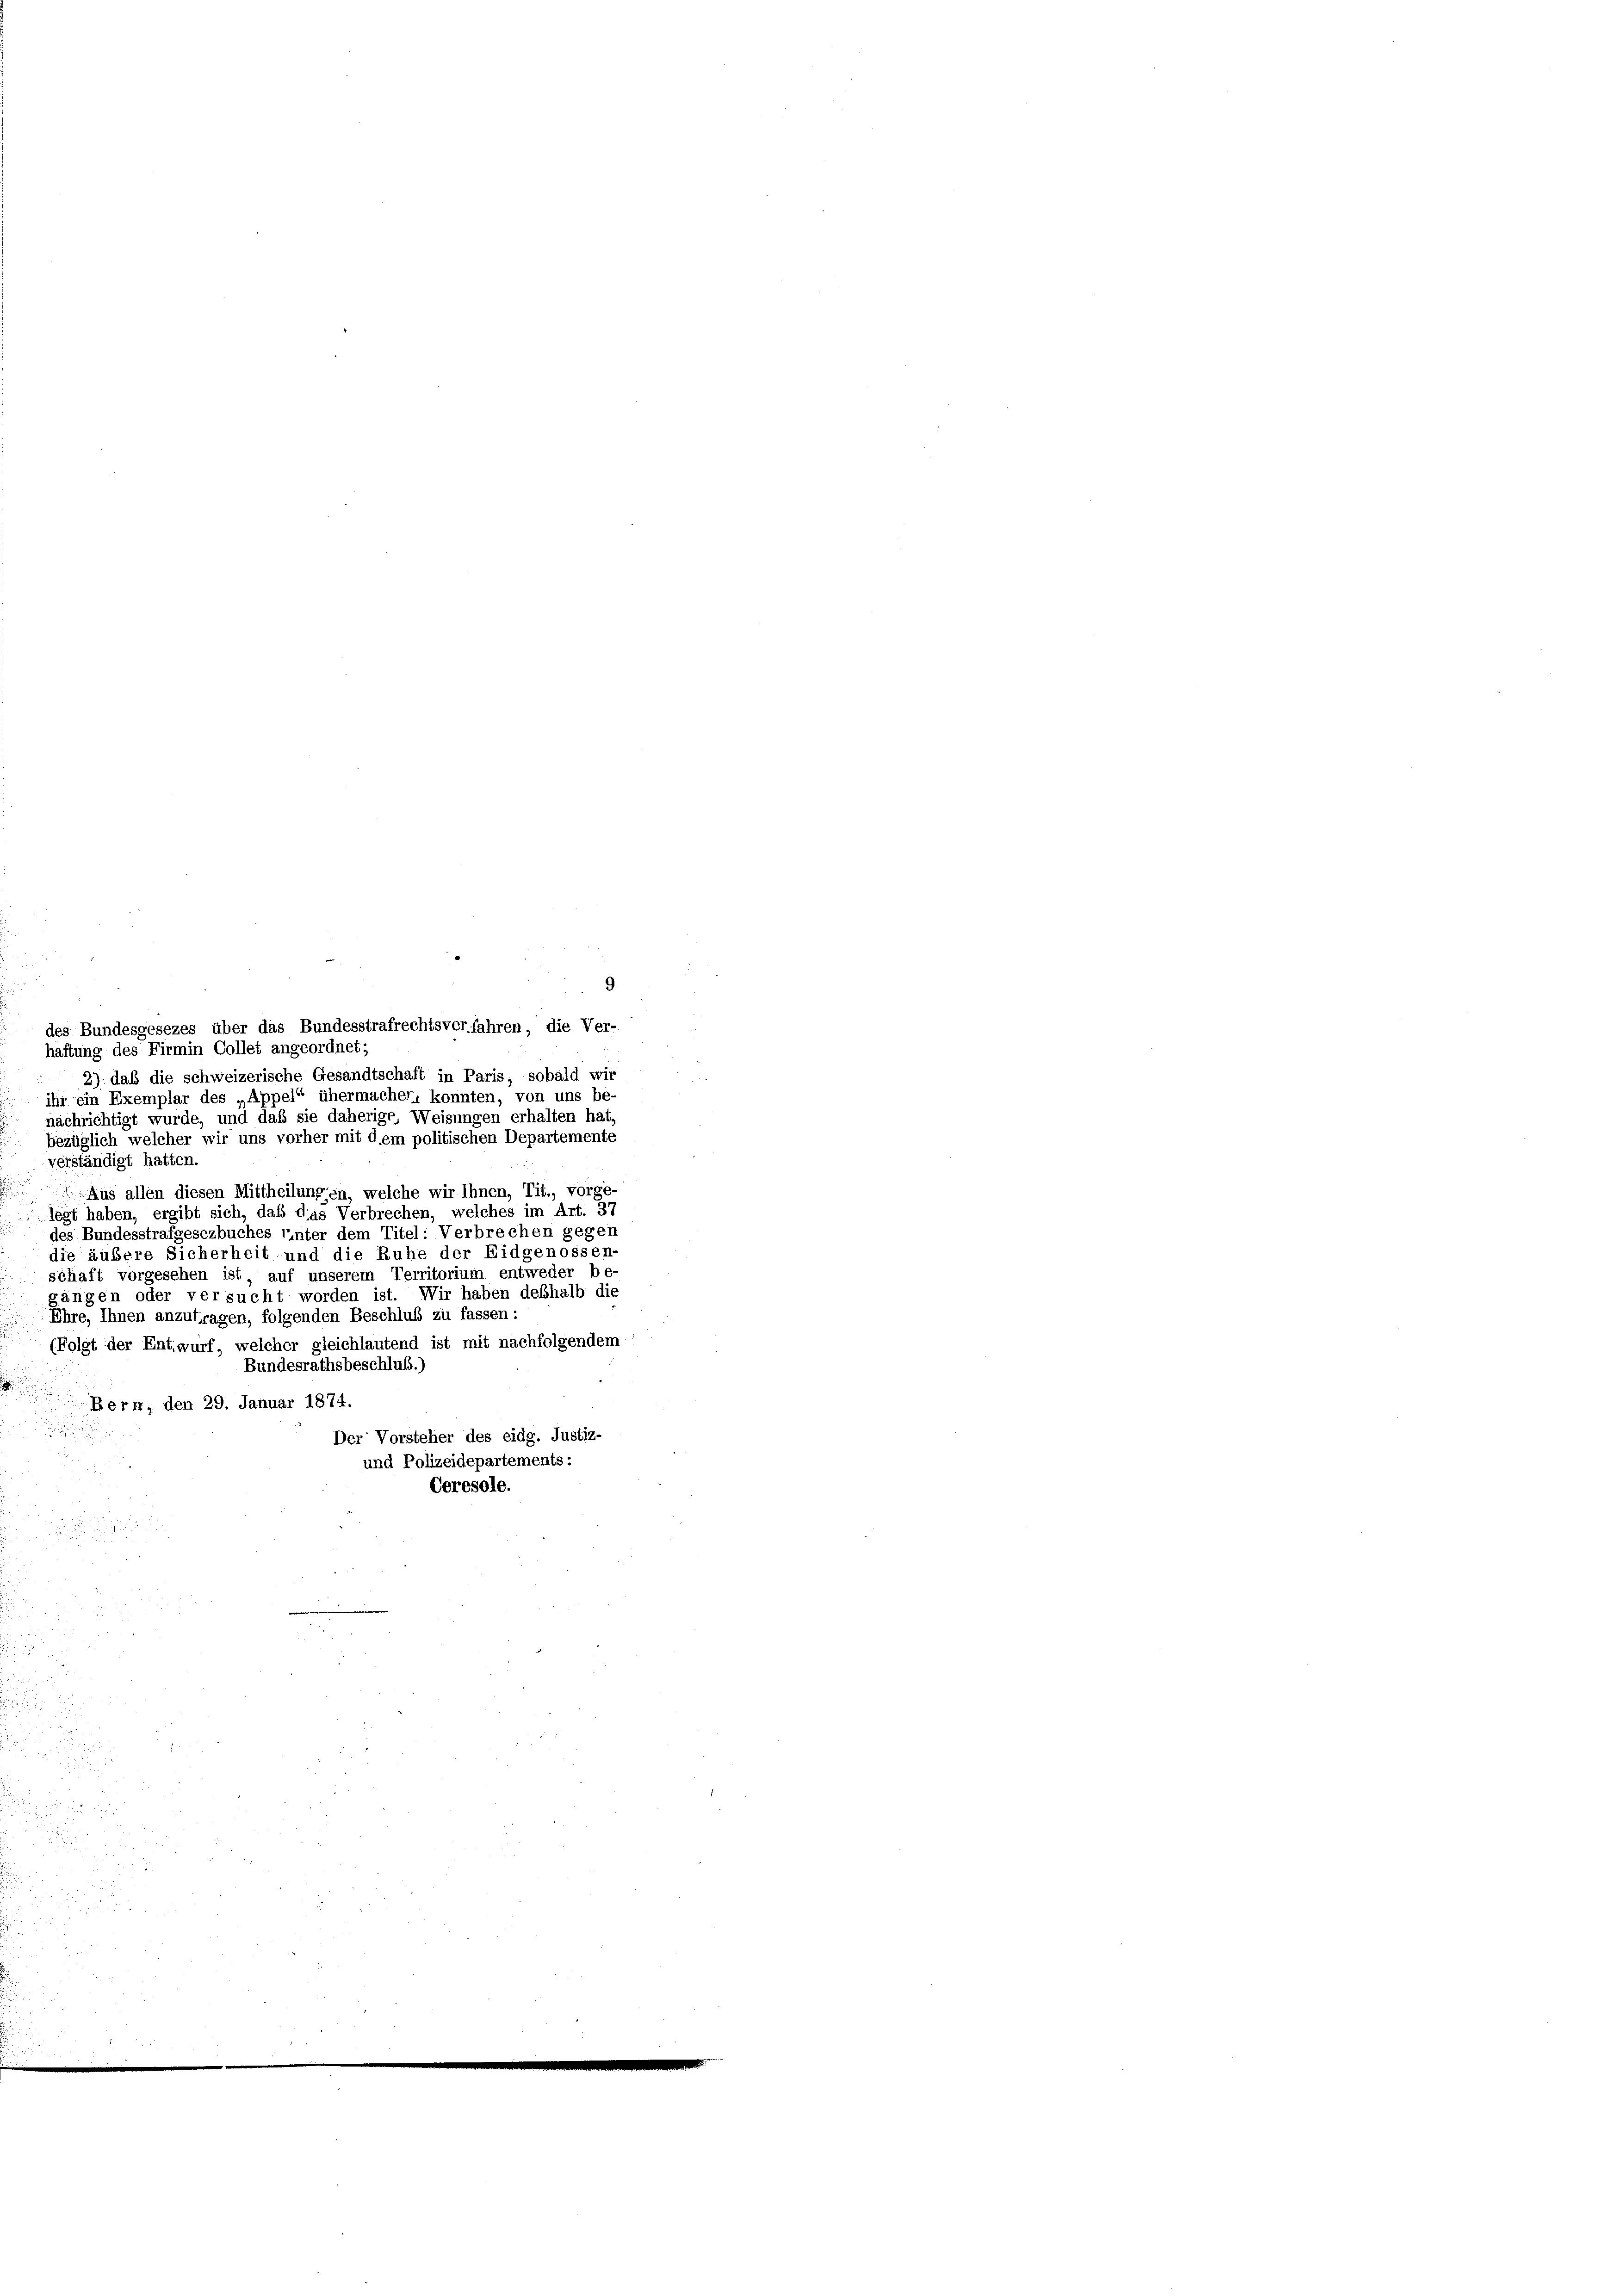
nachrichtigt wurde, und daß sie daherige, Weisungen erhalten hat
bezüglich welcher wir uns vorher mit dem politischen Departemente
verständigt hatten.
Aus allen diesen Mittheilungen, welche wir Ihnen, Tit., vorge-
legt haben, ergibt sich, daß das Verbrechen, welches im Art. 37
des Bundesstrafgesezbuches unter dem Titel: Verbrechen gegen
die äubere Sicherheit- und die Ruhe der Eidgenossen-
schaft vorgesehen ist, auf unserem Territorium entweder be-
gängen oder versucht worden ist. Wir haben deshalb die
Ehre, Ihnen anzufragen, folgenden Beschluß zu fassen:
(Folgt der Entwurf, welcher gleichlautend ist mit nachfolgendem
Bundesrathsbeschluß.)
Bern; den 29. Januar 1874.

Der Vorsteher des eidg. Justiz-
und Polizeidepartements:
Ceresole.

in de

des Bundesgesezes über das Bundesstrafrechtsverfahren, die Ver-
haftung des Firmin Collet angeordnet;
2) daß die schweizerische Gesandtschaft in Paris, sobald wir
ihr ein Exemplar des „Appel“ ühermacher, konnten, von uns be-

9.